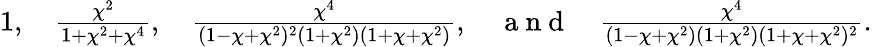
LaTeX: \textstyle 1,\quad\frac{\chi^{2}}{1+\chi^{2}+\chi^{4}},\quad\frac{\chi^{4}}{(1-\chi+\chi^{2})^{2}(1+\chi^{2})(1+\chi+\chi^{2})},\quad\mathrm{~a~n~d~}\quad\frac{\chi^{4}}{(1-\chi+\chi^{2})(1+\chi^{2})(1+\chi+\chi^{2})^{2}}.